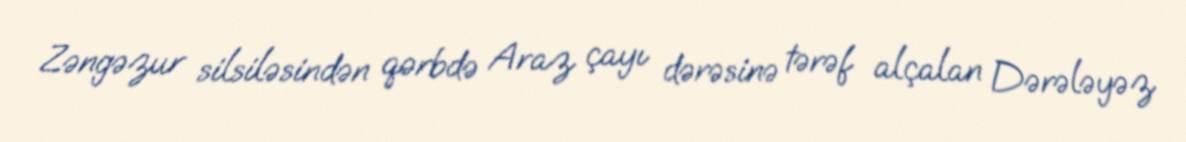
Zəngəzur silsiləsindən qərbdə Araz çayı dərəsinə tərəf alçalan Dərələyəz